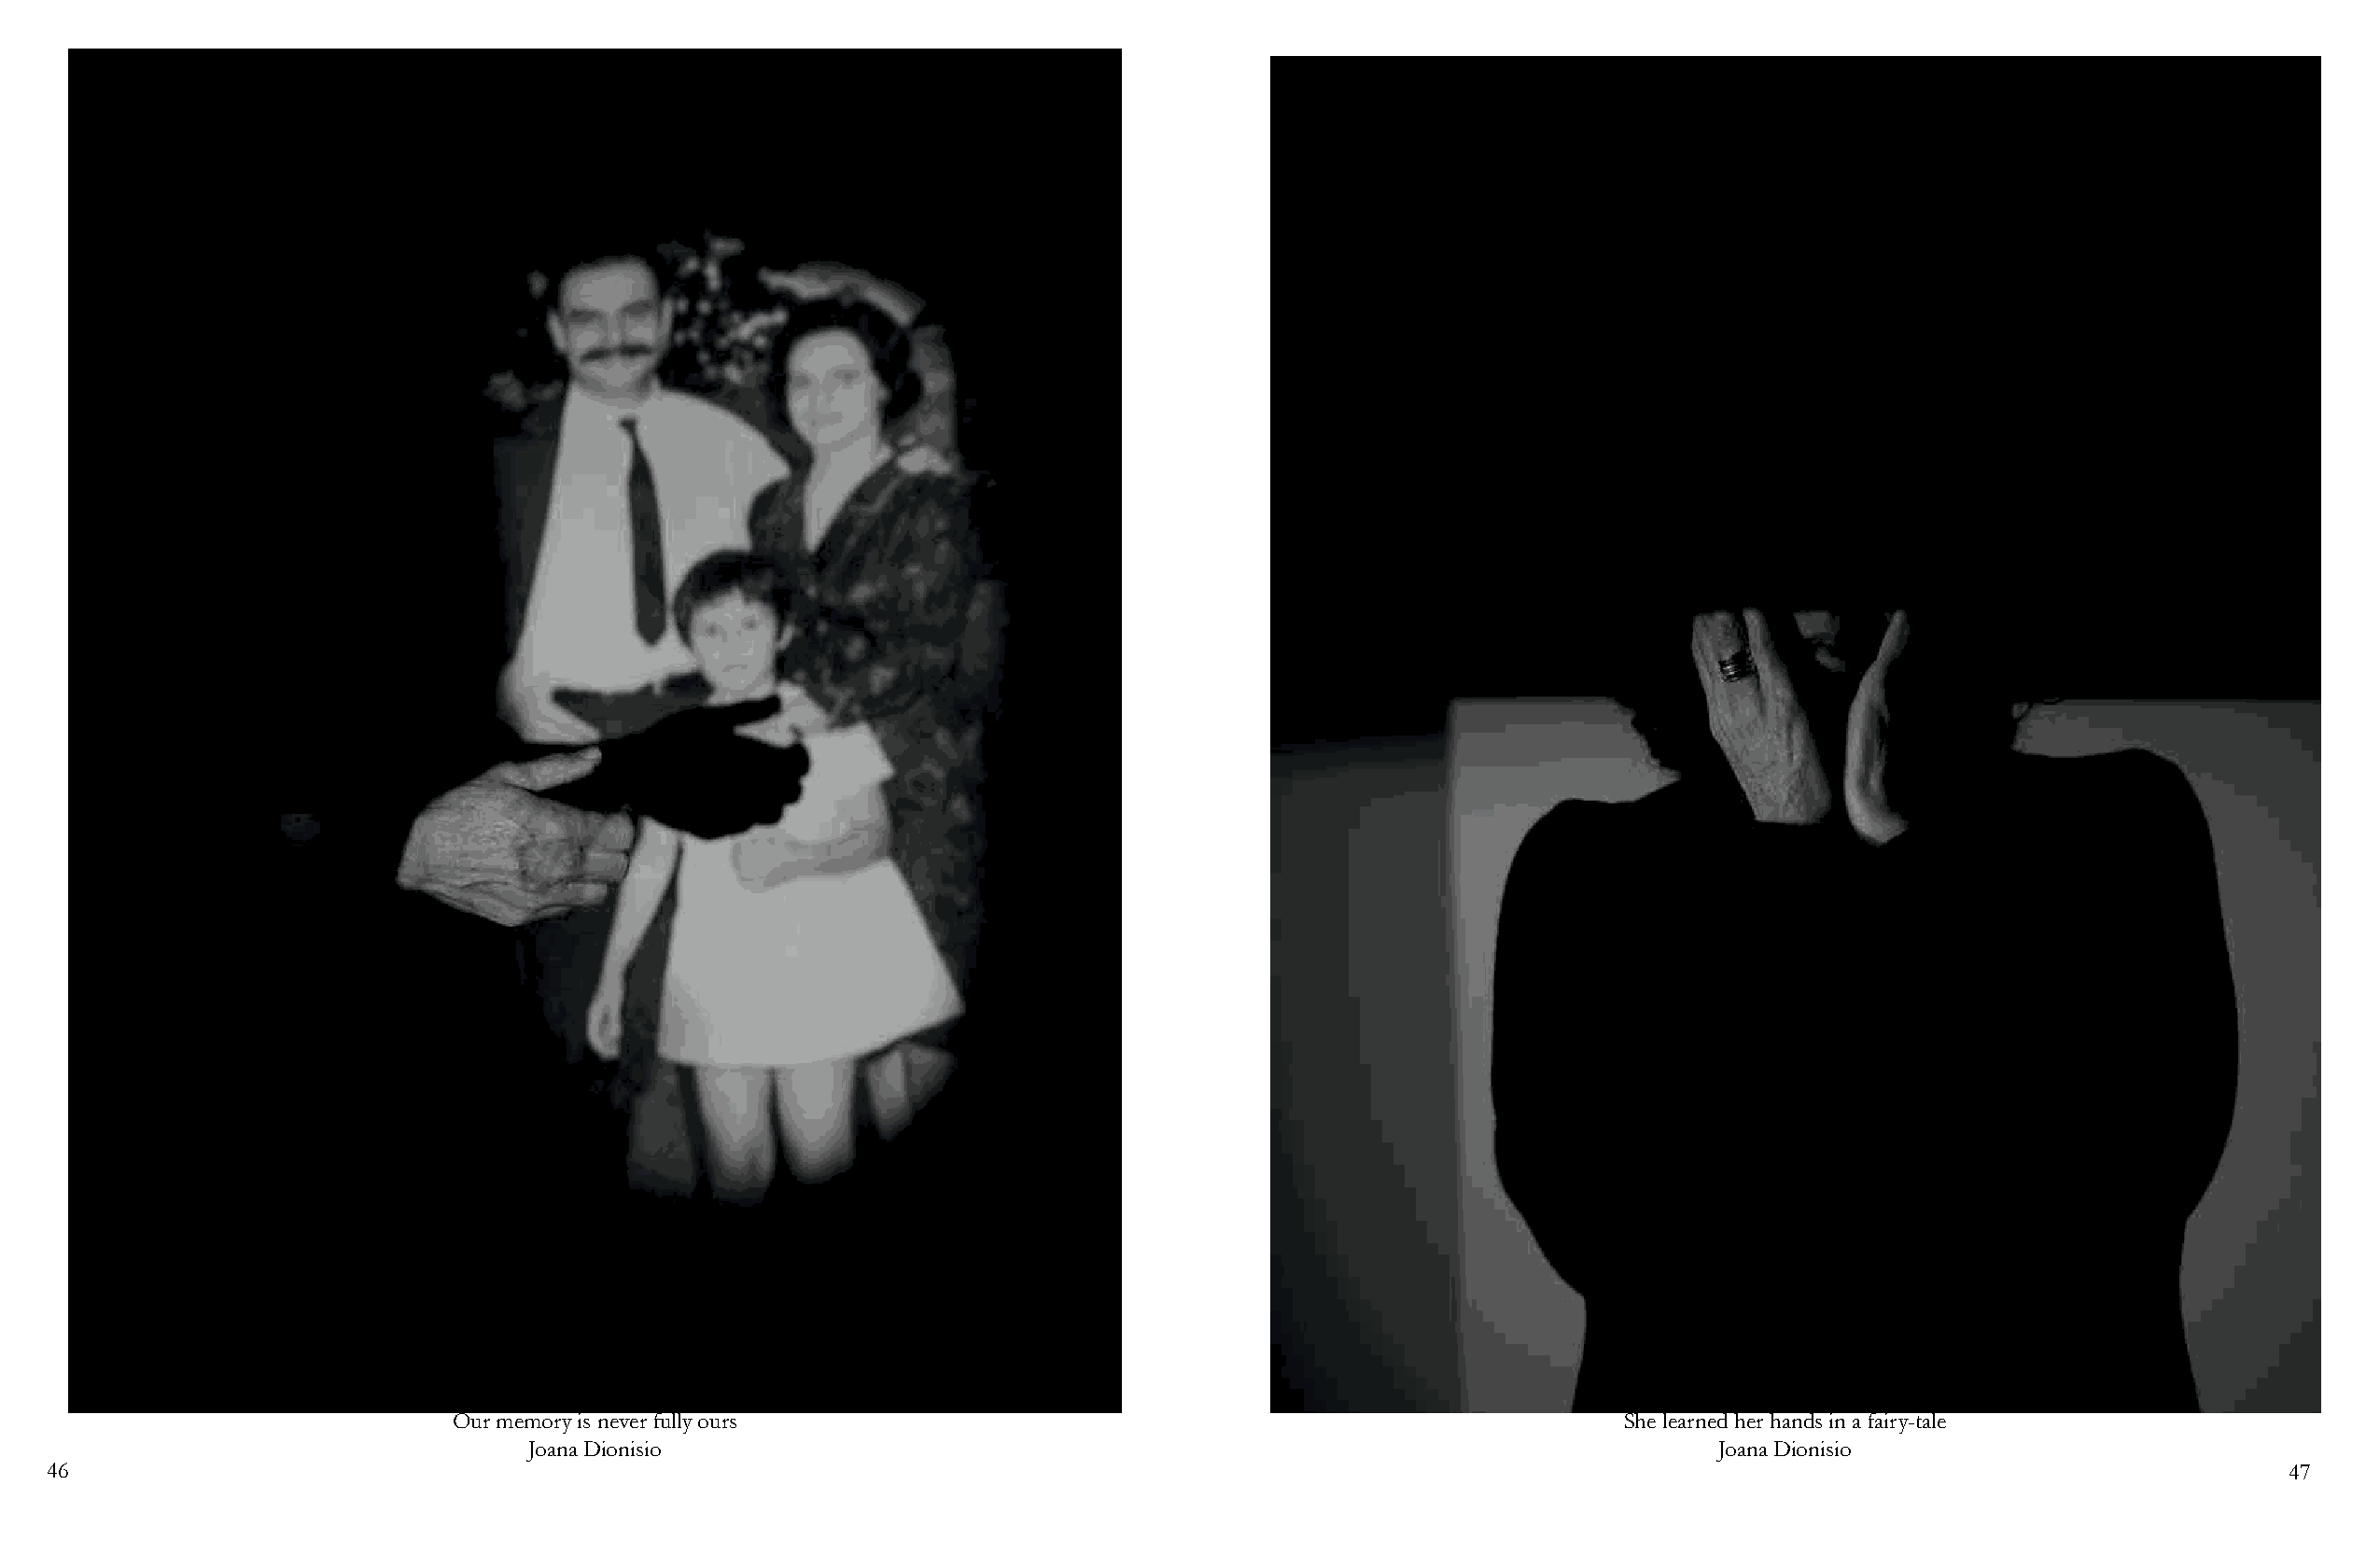
Our memory is never fully ours                                                     She learned her hands in a fairy-tale
 Joana Dionisio                                                                       Joana Dionisio
 46                                                                                                                                                             47